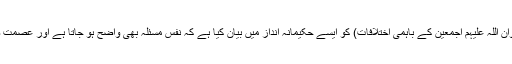
آپ نے مشاجراتِ صحابہ (صحابہ کرام رضوان اللہ علیہم اجمعین کے باہمی اِختلافات) کو ایسے حکیمانہ انداز میں بیان کیا ہے کہ نفسِ مسئلہ بھی واضح ہو جاتا ہے اور عصمتِ صحابہ پر بھی کوئی تعریض واقع نہیں ہوتی۔